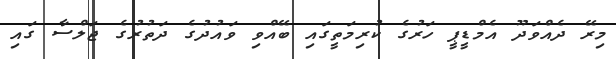
މިރޭ ދެއްވަދޫ އެމްޑީޕީ ހަރުގެ ކުރިމަތީގައި ބޭއްވި ވައުދުގެ ދަތުރުގެ ޖަލްސާ ގައި